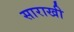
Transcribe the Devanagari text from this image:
साराखी